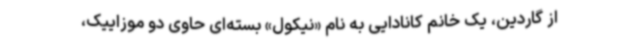
از گاردین، یک خانم کانادایی به نام «نیکول» بسته‌ای حاوی دو موزاییک،